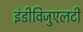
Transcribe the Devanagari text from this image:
इंडीविजुएलटी